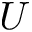
U